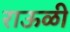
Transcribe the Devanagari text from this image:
राऊळी